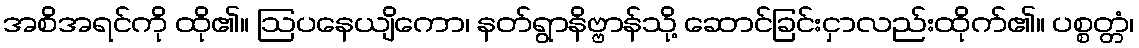
အစိအရင်ကို ထို၏။ ဩပနေယျိကော၊ နတ်ရွာနိဗ္ဗာန်သို့ ဆောင်ခြင်းငှာလည်းထိုက်၏။ ပစ္စတ္တံ၊